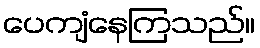
ပေကျံနေကြသည်။